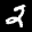
Label: 2